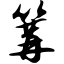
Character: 篝